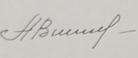
Signature authenticity: genuine